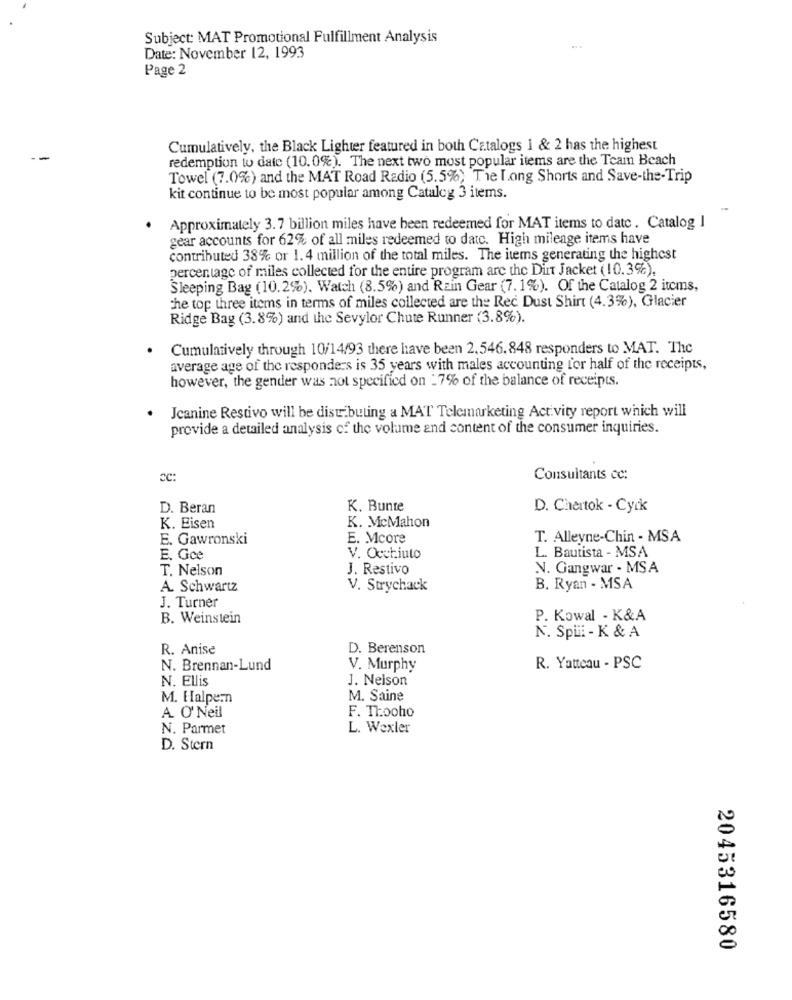
Subject: MAT Promotional Fulfillment Analysis
Date: November 12, 1993
Page 2
Cumulatively, the Black Lighter featured in both Catalogs 1 & 2 has the highest
redemption to date (10.0%). The next two most popular items are the Team Beach
Towel (7.0%) and the MAT Road Radio (5.5%) The long Shorts and Save-the-Trip
kit continue to be most popular among Catalog 3 items.
Approximately 3.7 billion miles have been redeemed for MAT items to date . Catalog I
gear accounts for 62% of all miles redeemed to datc. High mileage items have
contributed 38% or 1.4 million of the total miles. The items generating the highest
percentage of miles collected for the entire program are the Dirt Jacket (10.3%).
Sleeping Bag (10.2%). Watch (8.5%) and Rain Gear (7. 1%). Of the Catalog 2 items,
the top three items in terms of miles collected are the Rec Dust Shirt (4.3%), Glacier
Ridge Bag (3.8%) and the Sevylor Chute Runner (3.8%).
Cumulatively through 10/14/93 there have been 2,546.848 responders to MAT. The
average age of the responders is 35 years with males accounting for half of the receipts,
however, the gender was not specified on -7% of the balance of receipts.
Jeanine Restivo will be distributing a MAT Telemarketing Activity report which will
provide a detailed analysis of the volume and content of the consumer inquiries.
CC:
Consultants cc:
D. Beran
K. Bunte
D. Chertok - Cyck
K. Eisen
K. McMahon
E. Gawronski
E. Mcore
T. Alleyne-Chin - MSA
E. Gce
V. Occhiuto
L. Bautista - MSA
T. Nelson
J. Restivo
N. Gangwar - MSA
A. Schwartz
V. Strychack
B. Ryan - MSA
J. Turner
B. Weinstein
P. Kowal - K&A
N. Spiii - K & A
R. Anise
D. Berenson
N. Brennan-Lund
V. Murphy
R. Yatteau - PSC
N. Ellis
J. Nelson
M. Halpern
M. Saine
A. O' Neil
F. Thooho
N. Parmet
L. Wexler
D. Stern
2045316580